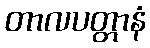
တာလပတ္တာနံ